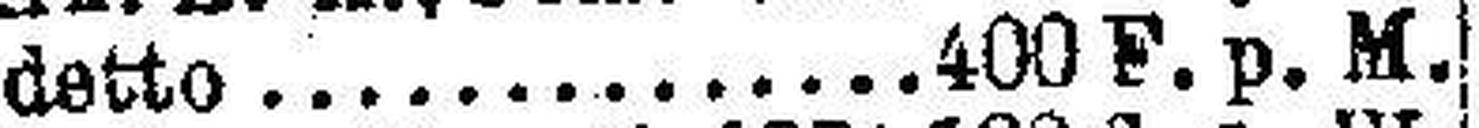
detto 400 F. p. M.